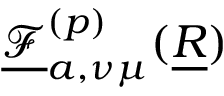
\underline { { \mathcal { F } } } _ { a , \nu \mu } ^ { ( p ) } ( \underline { { R } } )